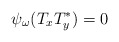
\begin{align*}\psi_\omega(T_xT_y^*)=0 \end{align*}